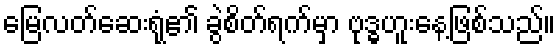
မြေလတ်ဆေးရုံ၏ ခွဲစိတ်ရက်မှာ ဗုဒ္ဓဟူးနေ့ဖြစ်သည်။